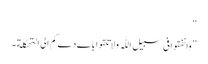
“
”وانفقوافی سبیل اللّٰہ ولاتلقواباےدےکم الی التھکلة۔